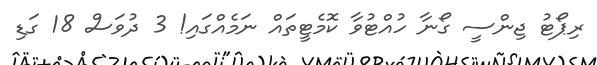
ރިޕޯޓު ޖިންސީ ގޯނާ ހުއްޓުވާ ކޮމެޓީތައް ނަމެއްގައި! 3 ދުވަސް 18 ގަޑި